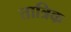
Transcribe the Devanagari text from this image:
तात्रिक